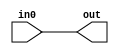
module CRUDE_AWAKENING(
     input wire       in0,
     output wire       out
);
    assign out = in0;
endmodule

module NAND_GATE(
     input wire       in0,
     input wire       in1,
     output wire       out
);
    assign out = ~ ( in0 & in1 );
endmodule

module NOT_GATE(
     input wire       in0,
     output wire       out
);
    NAND_GATE NAND(
        .in0    (in0    ),
        .in1    (in0    ),
        .out    (out    )
    );
endmodule

module AND_GATE(
     input wire       in0,
     input wire       in1,
     output wire       out
);
    wire w_1;
    NAND_GATE NAND(
        .in0    (in0    ),
        .in1    (in1    ),
        .out    (w_1    )
    );

    NOT_GATE NOT(
        .in0    (w_1    ),
        .out    (out    )
    );
    
endmodule

module NOR_GATE(
     input wire       in0,
     input wire       in1,
     output wire       out
);
    wire w_0;
    wire w_1;
    wire n_out;
    NOT_GATE NOT0(
        .in0    (in0    ),
        .out    (w_0    )
    );
    NOT_GATE NOT1(
        .in0    (in1    ),
        .out    (w_1    )
    );
    NAND_GATE NAND(
        .in0    (w_0    ),
        .in1    (w_1    ),
        .out    (n_out    )
    );
    NOT_GATE NOT(
        .in0    (n_out    ),
        .out    (out    )
    );
endmodule

module OR_GATE(
     input wire       in0,
     input wire       in1,
     output wire       out
);
    wire w_0;
    wire w_1;
    NOT_GATE NOT0(
        .in0    (in0    ),
        .out    (w_0    )
    );
    NOT_GATE NOT1(
        .in0    (in1    ),
        .out    (w_1    )
    );
    NAND_GATE NAND(
        .in0    (w_0    ),
        .in1    (w_1    ),
        .out    (out    )
    );
endmodule

module ALWAYS_ON_GATE(
     input wire       in0,
     output wire       out
);
    wire w_1;
    NOT_GATE NOT(
        .in0    (in0    ),
        .out    (w_1    )
    );
    OR_GATE OR(
        .in0    (in0    ),
        .in1    (w_1    ),
        .out    (out    )
    );
endmodule

module SECOND_TICK(
     input wire       in0,
     input wire       in1,
     output wire       out
);
    wire w_0;
    wire n_out;
    NOT_GATE NOT(
        .in0    (in1    ),
        .out    (w_0    )
    );
    AND_GATE AND(
        .in0    (w_0    ),
        .in1    (in0    ),
        .out    (out    )
    );
endmodule

module XOR_GATE(
     input wire       in0,
     input wire       in1,
     output wire       out
);
    wire w_0;
    wire w_1;
    
    NOR_GATE NOR0(
        .in0    (in0    ),
        .in1    (in1    ),
        .out    (w_0    )
    );

    AND_GATE AND(
        .in0    (in0    ),
        .in1    (in1    ),
        .out    (w_1    )
    );
    NOR_GATE NOR1(
        .in0    (w_0    ),
        .in1    (w_1    ),
        .out    (out    )
    );

    
endmodule

module BIGGER_OR_GATE(
     input wire       in0,
     input wire       in1,
     input wire       in2,
     output wire       out
);
    wire w_0;
    wire w_1;
    
    OR_GATE OR0(
        .in0    (in0    ),
        .in1    (in1    ),
        .out    (w_0    )
    );

    OR_GATE OR1(
        .in0    (in1    ),
        .in1    (in2    ),
        .out    (w_1    )
    );
    OR_GATE OR2(
        .in0    (w_0    ),
        .in1    (w_1    ),
        .out    (out    )
    );

    
endmodule

module BIGGER_AND_GATE(
     input wire       in0,
     input wire       in1,
     input wire       in2,
     output wire       out
);
    wire w_0;
    wire w_1;
    
    AND_GATE AND0(
        .in0    (in0    ),
        .in1    (in1    ),
        .out    (w_0    )
    );

    AND_GATE AND1(
        .in0    (in1    ),
        .in1    (in2    ),
        .out    (w_1    )
    );
    AND_GATE AND2(
        .in0    (w_0    ),
        .in1    (w_1    ),
        .out    (out    )
    );

endmodule

module XNOR_GATE(
     input wire       in0,
     input wire       in1,
     output wire       out
);
    wire n_out;
    XOR_GATE XOR(
        .in0    (in0    ),
        .in1    (in1    ),
        .out    (n_out    )
    );
    NOT_GATE NOT(
        .in0    (n_out    ),
        .out    (out    )
    );
endmodule

module SWITCH_GATE(
    input wire clk,
    input wire in0,
    input wire in1,
    output reg out
);

always @ (posedge clk) begin
    if (in0 > 1'b0) begin
    out <= in1;
    end else begin
    out <= 1'b0;
    end
end

endmodule

module BYTE_SWITCH_GATE(
    input wire clk,
    input wire in0,
    input wire [7:0] in1,
    output reg [7:0] out
);
always @(posedge clk) begin
     if(in0>1'b0) begin 
         out <= in1;
    end else begin
         out <= 8'b00000000;
    end
end

endmodule